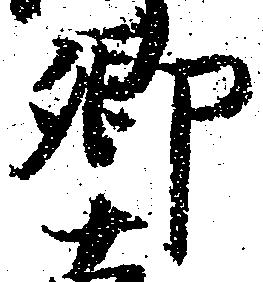
郷